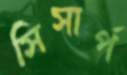
সিসার্প